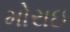
મોરાઇ